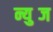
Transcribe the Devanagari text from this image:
न्युब्ज